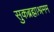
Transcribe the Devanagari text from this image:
सुकब्रह्माश्रमम